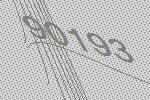
90193